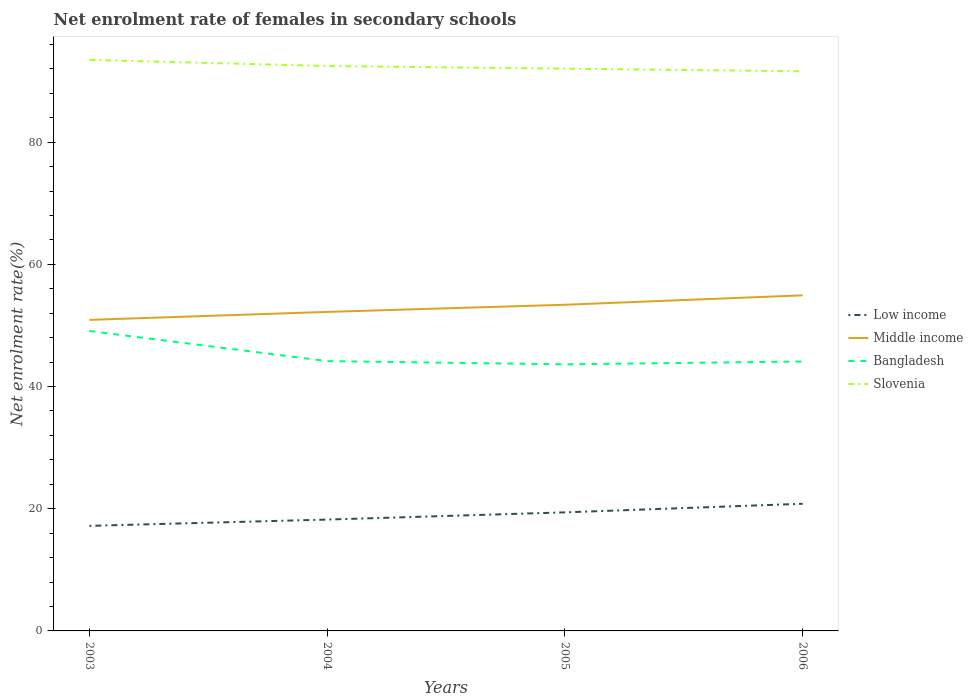
| Years | Low income | Middle income | Bangladesh | Slovenia |
 | --- | --- | --- | --- | --- |
 | 2003 | 17.2 | 50.9 | 49.1 | 93.5 |
 | 2004 | 18.2 | 52.2 | 44.2 | 92.5 |
 | 2005 | 19.4 | 53.4 | 43.6 | 92 |
 | 2006 | 20.8 | 54.9 | 44.1 | 91.6 |